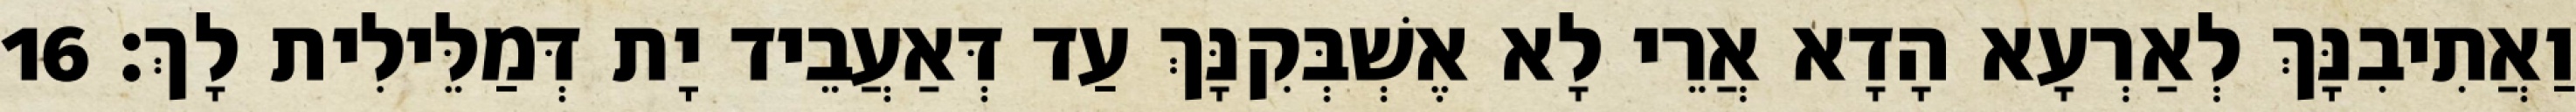
וַאֲתִיבִנָּךְ לְאַרְעָא הָדָא אֲרֵי לָא אֶשְׁבְּקִנָּךְ עַד דְּאַעֲבֵיד יָת דְּמַלֵּילִית לָךְ׃ 16